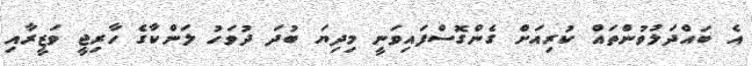
އެ ބައްދަލުވުންތައް ކުރިއަށް ގެންގޮސްފައިވަނީ މިދިޔަ ބުދަ ދުވަހު ލަންކާގެ ހާރިޖީ ވަޒީރާއި